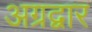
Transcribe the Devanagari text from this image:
अग्रद्वार